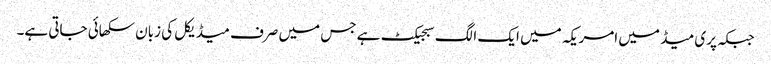
جبکہ پری میڈ میں امریکہ میں ایک الگ سبجیکٹ ہے جس میں صرف میڈیکل کی زبان سکھائی جاتی ہے۔